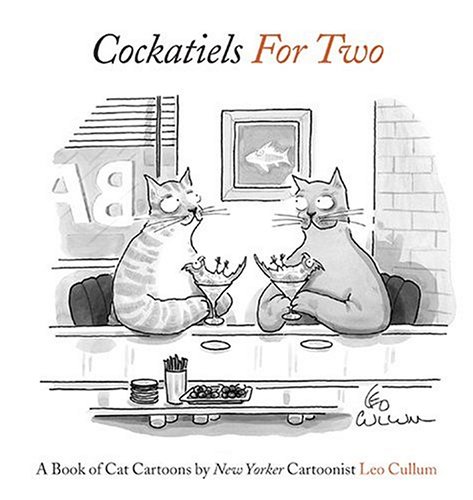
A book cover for Cockatiels for Two: A Book of Cat Cartoons; Leo Cullum; Humor & Entertainment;